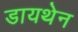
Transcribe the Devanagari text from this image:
डायथेन